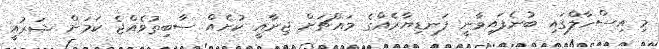
މި އިސްހާލްގައި ބުނެފައިވާނީ ފަނޑިޔާރެއްގެ މައްޗަށް ޖިނާއީ ކުށެއް ސާބިތުވެއްޖެ ކަމަށް ޝަރުއީ